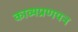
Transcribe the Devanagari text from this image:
काव्यप्रणयन